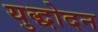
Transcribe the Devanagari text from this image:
युद्धोदन